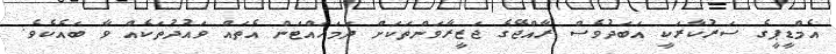
އެމްޑީޕީގެ ސަރުކާރަކީ އަބަދުވެސް ރާއްޖޭގެ ޖަޒީރާވަންތަކަށް ދަމަހައްޓަން އެތައް ވައުދުތަކެއް ވާ ބައެކެވެ.